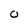
Character: O